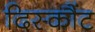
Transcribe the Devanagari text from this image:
दिस्कौंट